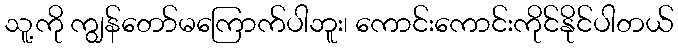
သူ့ကို ကျွန်တော်မကြောက်ပါဘူး၊ ကောင်းကောင်းကိုင်နိုင်ပါတယ်